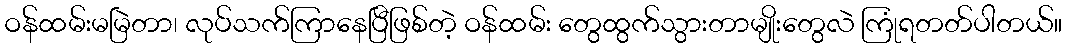
ဝန်ထမ်းမမြဲတာ၊ လုပ်သက်ကြာနေပြီဖြစ်တဲ့ ဝန်ထမ်း တွေထွက်သွားတာမျိုးတွေလဲ ကြုံရတတ်ပါတယ်။